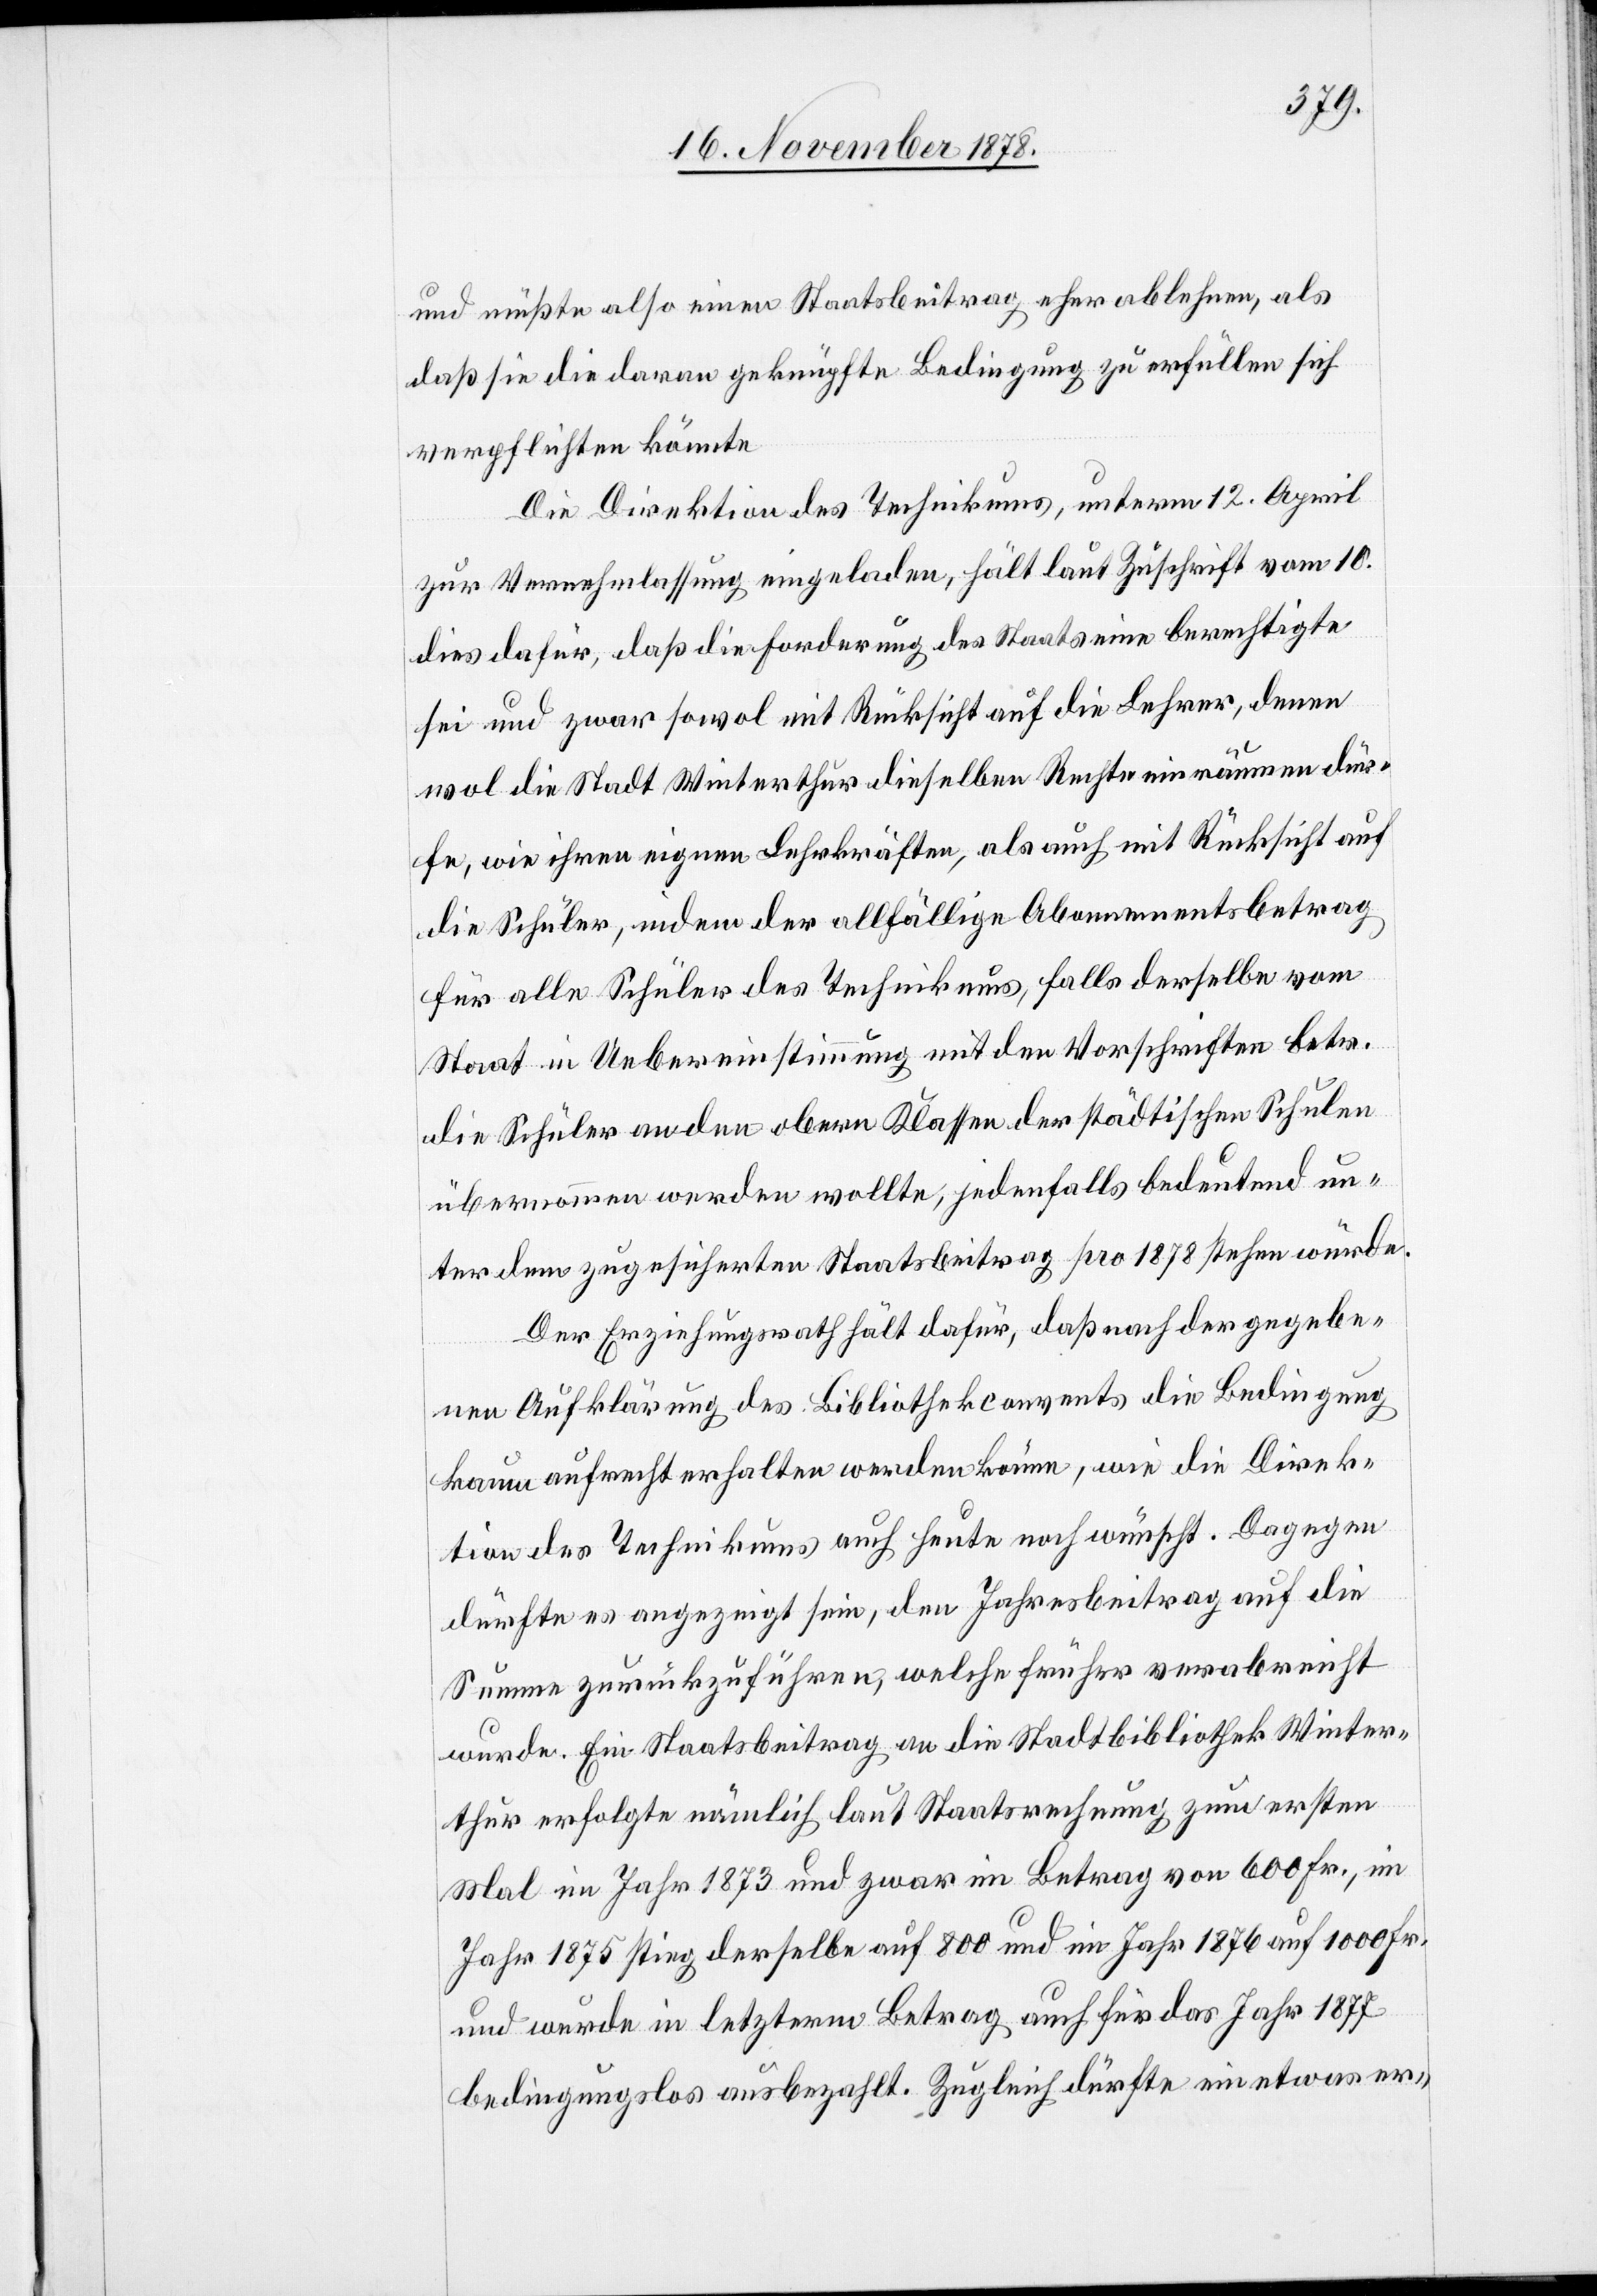
müßte also einen Staatsbeitrag eher ablehnen, als
daß sie daran geknüpfte Bedingung zu erfüllen sich
verpflichten könnte.
Die Direktion des Technikums, unterm 12. April
zur Vernehmlassung eingeladen, hält laut Zuschrift vom 10.
dies dafür, daß die Forderung des Staats eine berechtigte
sei und zwar sowol mit Rücksicht auf die Lehrer denen
wol die Stadt Winterthur dieselben Rechte einräumen dür¬
fe, wie ihren eigenen Lehrkräften, als auch mit Rücksicht auf
die Schüler, indem der allfällige Abonnementsbetrag
für alle Schüler des Technikums, falls derselbe vom
Staat in Uebereinstimmung mit den Vorschriften betr.
die Schüler an den obern Klassen der städtischen Schulen
übernommen werden wollte, jedenfalls bedeutend un¬
ter dem zugesicherten Staatsbeitrag pro 1878 stehen würde.
Der Erziehungsrath hält dafür, daß nach der gegebe¬
nen Aufklärung des Bibliothekconvents die Bedingung
kaum aufrecht erhalten werden könne, wie die Direk¬
tion des Technikums auch heute noch wünscht. Dagegen
dürfte es angezeigt sein, den Jahresbeitrag auf die
Summe zurückzuführen, welche früher verabreicht
wurde. Ein Staatsbeitrag an die Stadtbibliothek Winter¬
thur erfolgte nämlich laut Staatsrechnung zum ersten
Mal im Jahr 1873 und zwar im Betrag von 600 Fr., im
Jahr 1875 stieg derselbe auf 800 und im Jahr 1876 auf 1000 Fr.
und wurde in letzterm Betrag auch für das Jahr 1877
bedingungslos ausbezahlt. Zugleich dürfte ein etwas er-